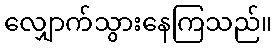
လျှောက်သွားနေကြသည်။